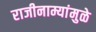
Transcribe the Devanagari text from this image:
राजीनाम्यांमुळे